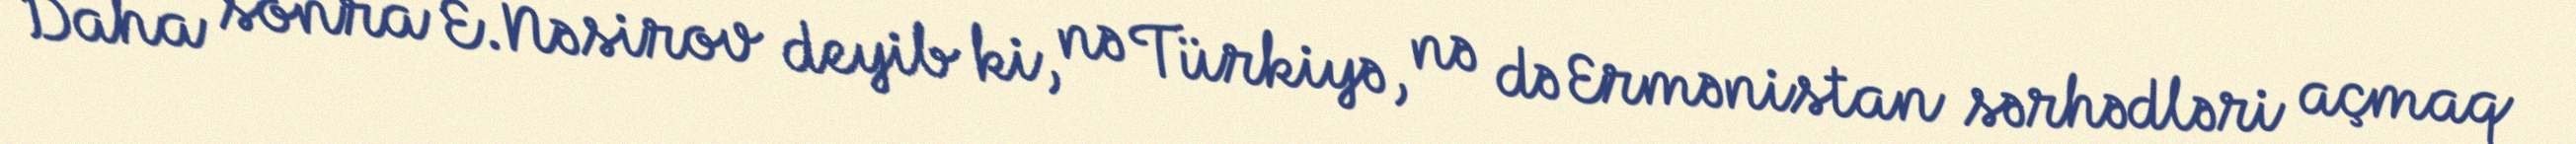
Daha sonra E.Nəsirov deyib ki, nə Türkiyə, nə də Ermənistan sərhədləri açmaq